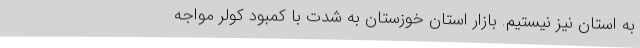
به استان نیز نیستیم. بازار استان خوزستان به شدت با کمبود کولر مواجه